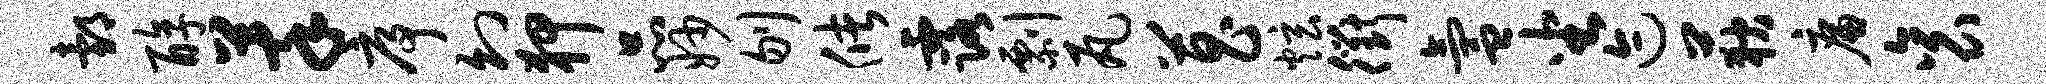
邰醇萃序幻狎品妙刎储露剽瓦菖炫衢氲坐迹荻廉衮